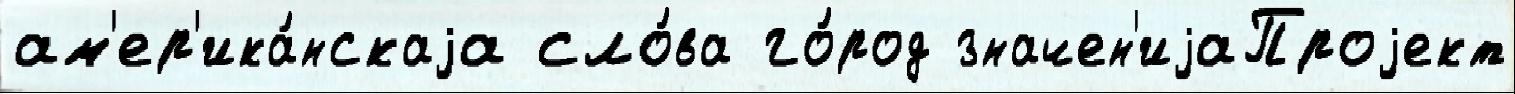
ам'ер'ика́нскаjа сло́ва го́род значен'иjаПроjект